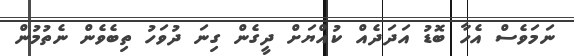
ނަމަވެސް އެހާ ބޮޑު އަދަދެއް ކުއްޔަށް ދީގެން ގިނަ ދުވަހު ތިބެވެން ނެތުމުން